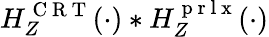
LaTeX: H_{Z}^{\mathrm{~C~R~T~}}(\cdot)*H_{Z}^{\mathrm{~p~r~l~x~}}(\cdot)